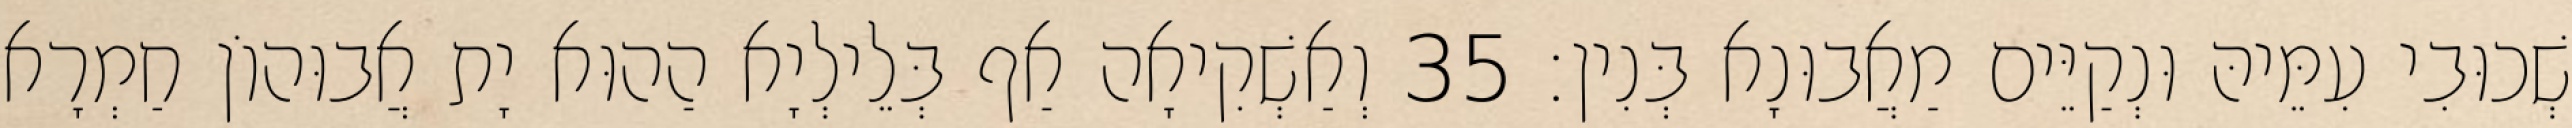
שְׁכוּבִי עִמֵּיהּ וּנְקַיֵּים מַאֲבוּנָא בְּנִין׃ 35 וְאַשְׁקִיאָה אַף בְּלֵילְיָא הַהוּא יָת אֲבוּהוֹן חַמְרָא